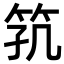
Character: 𬔸